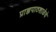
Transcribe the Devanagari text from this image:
प्राज्ञपाठशाळेचे